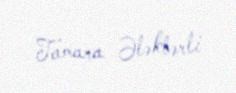
Tamara Ələkbərli